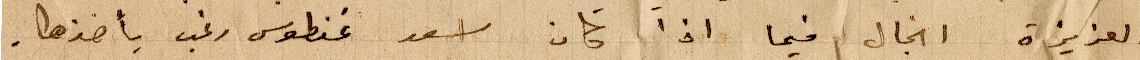
العزيزة انجال فيما اذا كان اسعد غنطوي رغب بأخذها.